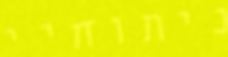
ניתוחיי